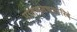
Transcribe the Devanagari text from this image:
पोल्य्सच्चारिदे